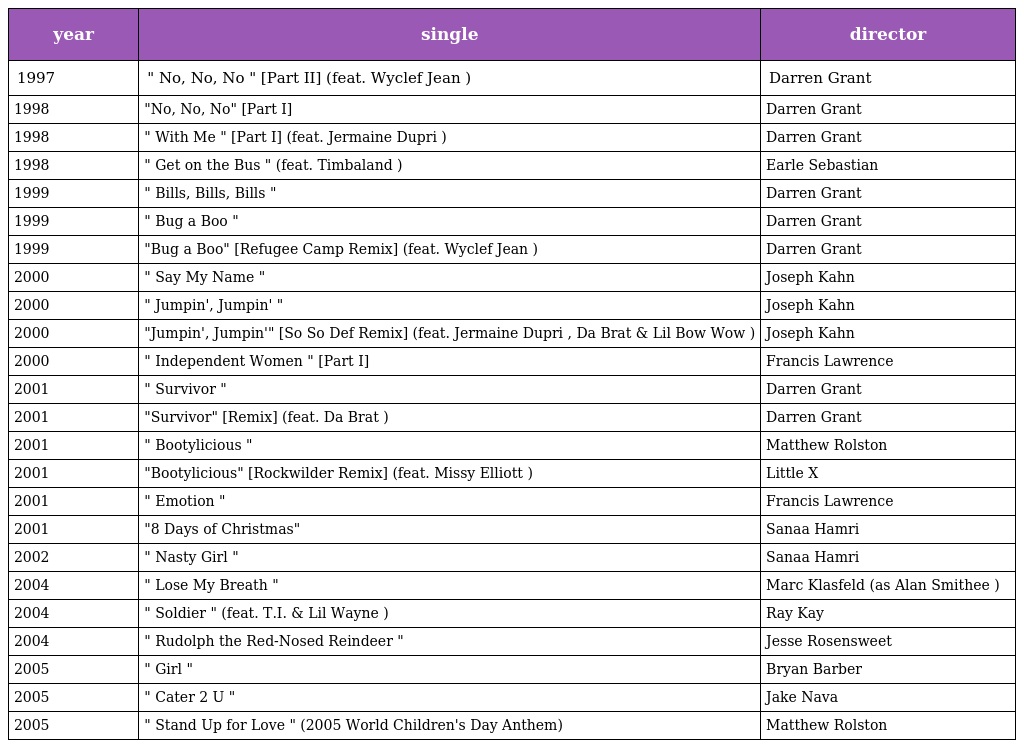
| year | single | director |
 | --- | --- | --- |
 | 1997 | " No, No, No " [Part II] (feat. Wyclef Jean ) | Darren Grant |
 | 1998 | "No, No, No" [Part I] | Darren Grant |
 | 1998 | " With Me " [Part I] (feat. Jermaine Dupri ) | Darren Grant |
 | 1998 | " Get on the Bus " (feat. Timbaland ) | Earle Sebastian |
 | 1999 | " Bills, Bills, Bills " | Darren Grant |
 | 1999 | " Bug a Boo " | Darren Grant |
 | 1999 | "Bug a Boo" [Refugee Camp Remix] (feat. Wyclef Jean ) | Darren Grant |
 | 2000 | " Say My Name " | Joseph Kahn |
 | 2000 | " Jumpin', Jumpin' " | Joseph Kahn |
 | 2000 | "Jumpin', Jumpin'" [So So Def Remix] (feat. Jermaine Dupri , Da Brat & Lil Bow Wow ) | Joseph Kahn |
 | 2000 | " Independent Women " [Part I] | Francis Lawrence |
 | 2001 | " Survivor " | Darren Grant |
 | 2001 | "Survivor" [Remix] (feat. Da Brat ) | Darren Grant |
 | 2001 | " Bootylicious " | Matthew Rolston |
 | 2001 | "Bootylicious" [Rockwilder Remix] (feat. Missy Elliott ) | Little X |
 | 2001 | " Emotion " | Francis Lawrence |
 | 2001 | "8 Days of Christmas" | Sanaa Hamri |
 | 2002 | " Nasty Girl " | Sanaa Hamri |
 | 2004 | " Lose My Breath " | Marc Klasfeld (as Alan Smithee ) |
 | 2004 | " Soldier " (feat. T.I. & Lil Wayne ) | Ray Kay |
 | 2004 | " Rudolph the Red-Nosed Reindeer " | Jesse Rosensweet |
 | 2005 | " Girl " | Bryan Barber |
 | 2005 | " Cater 2 U " | Jake Nava |
 | 2005 | " Stand Up for Love " (2005 World Children's Day Anthem) | Matthew Rolston |